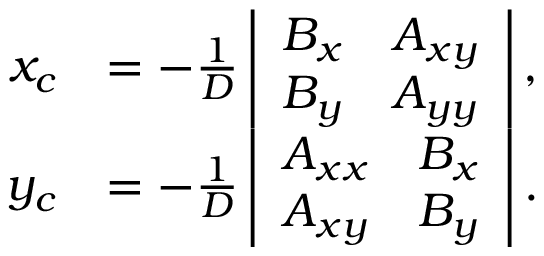
{ \begin{array} { r l } { x _ { c } } & { = - { \frac { 1 } { D } } \, { \left| \begin{array} { l l } { B _ { x } } & { A _ { x y } } \\ { B _ { y } } & { A _ { y y } } \end{array} \right| } \, , } \\ { y _ { c } } & { = - { \frac { 1 } { D } } \, { \left| \begin{array} { l l } { A _ { x x } } & { B _ { x } } \\ { A _ { x y } } & { B _ { y } } \end{array} \right| } \, . } \end{array} }